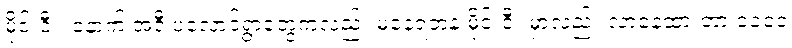
မိုင်းဝီး၊ နောက် အဲဒီ ပလောင်ရွာတွေကလည်း မနေရဲဘဲနဲ့ မိုင်းဝီး မှာလည်း လာနေထားတာ ၁၀၀၀